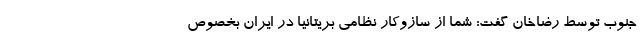
جنوب توسط رضاخان گفت: شما از سازوکار نظامی بریتانیا در ایران بخصوص